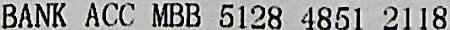
BANK ACC MBB 5128 4851 2118